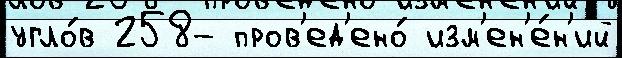
угло́в 258- пров'ед'ено́ изм'ен'е́н'ий